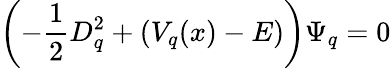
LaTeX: \left(-\frac{1}{2}D_{q}^{2}+(V_{q}(x)-E)\right)\Psi_{q}=0